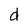
Character: d